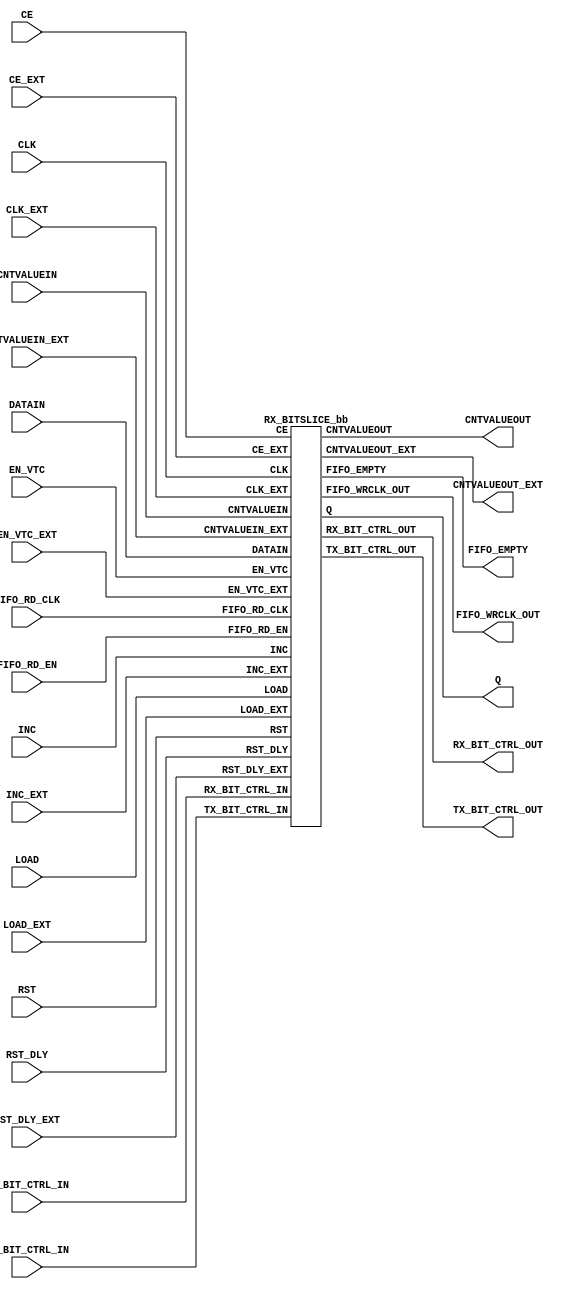
///////////////////////////////////////////////////////////////////////////////
//  Copyright (c) 1995/2015 Xilinx, Inc.
//  All Right Reserved.
///////////////////////////////////////////////////////////////////////////////
//
//   ____   ___
//  /   /\/   / 
// /___/  \  /     Vendor      : Xilinx 
// \   \   \/      Version     : 2015.4
//  \   \          Description : Xilinx Formal Library Component
//  /   /                        
// /___/   /\      Filename    : RX_BITSLICE.v
// \   \  /  \ 
//  \___\/\___\                    
//                                 
///////////////////////////////////////////////////////////////////////////////
//  Revision:
//    10/31/14 - Added inverter functionality for IS_*_INVERTED parameter (CR 828995).
//  End Revision:
///////////////////////////////////////////////////////////////////////////////

`timescale 1 ps / 1 ps 

`celldefine

module RX_BITSLICE #(
  `ifdef XIL_TIMING //Simprim 
  parameter LOC = "UNPLACED",  
  `endif
  parameter CASCADE = "TRUE",
  parameter DATA_TYPE = "NONE",
  parameter integer DATA_WIDTH = 8,
  parameter DELAY_FORMAT = "TIME",
  parameter DELAY_TYPE = "FIXED",
  parameter integer DELAY_VALUE = 0,
  parameter integer DELAY_VALUE_EXT = 0,
  parameter FIFO_SYNC_MODE = "FALSE",
  parameter [0:0] IS_CLK_EXT_INVERTED = 1'b0,
  parameter [0:0] IS_CLK_INVERTED = 1'b0,
  parameter [0:0] IS_RST_DLY_EXT_INVERTED = 1'b0,
  parameter [0:0] IS_RST_DLY_INVERTED = 1'b0,
  parameter [0:0] IS_RST_INVERTED = 1'b0,
  parameter real REFCLK_FREQUENCY = 300.0,
  parameter SIM_DEVICE = "ULTRASCALE",  
  parameter real SIM_VERSION = 2.0,
  parameter UPDATE_MODE = "ASYNC",
  parameter UPDATE_MODE_EXT = "ASYNC"
)(
  output [8:0] CNTVALUEOUT,
  output [8:0] CNTVALUEOUT_EXT,
  output FIFO_EMPTY,
  output FIFO_WRCLK_OUT,
  output [7:0] Q,
  output [39:0] RX_BIT_CTRL_OUT,
  output [39:0] TX_BIT_CTRL_OUT,

  input CE,
  input CE_EXT,
  input CLK,
  input CLK_EXT,
  input [8:0] CNTVALUEIN,
  input [8:0] CNTVALUEIN_EXT,
  input DATAIN,
  input EN_VTC,
  input EN_VTC_EXT,
  input FIFO_RD_CLK,
  input FIFO_RD_EN,
  input INC,
  input INC_EXT,
  input LOAD,
  input LOAD_EXT,
  input RST,
  input RST_DLY,
  input RST_DLY_EXT,
  input [39:0] RX_BIT_CTRL_IN,
  input [39:0] TX_BIT_CTRL_IN
);

   wire CLK_EXT_in;
   wire CLK_in;
   wire RST_DLY_EXT_in;
   wire RST_DLY_in;
   wire RST_in;
   
   assign CLK_EXT_in = CLK_EXT ^ IS_CLK_EXT_INVERTED;
   assign CLK_in = CLK ^ IS_CLK_INVERTED;
   assign RST_DLY_EXT_in = RST_DLY_EXT ^ IS_RST_DLY_EXT_INVERTED;
   assign RST_DLY_in = RST_DLY ^ IS_RST_DLY_INVERTED;
   assign RST_in = RST ^ IS_RST_INVERTED;
   
   RX_BITSLICE_bb inst_bb (
               .CNTVALUEOUT(CNTVALUEOUT),
               .CNTVALUEOUT_EXT(CNTVALUEOUT_EXT),
               .FIFO_EMPTY(FIFO_EMPTY),
               .FIFO_WRCLK_OUT(FIFO_WRCLK_OUT),
               .Q(Q),
               .RX_BIT_CTRL_OUT(RX_BIT_CTRL_OUT),
               .TX_BIT_CTRL_OUT(TX_BIT_CTRL_OUT),
               .CE(CE),
               .CE_EXT(CE_EXT),
               .CLK(CLK_in),
               .CLK_EXT(CLK_EXT_in),
               .CNTVALUEIN(CNTVALUEIN),
               .CNTVALUEIN_EXT(CNTVALUEIN_EXT),
               .DATAIN(DATAIN),
               .EN_VTC(EN_VTC),
               .EN_VTC_EXT(EN_VTC_EXT),
               .FIFO_RD_CLK(FIFO_RD_CLK),
               .FIFO_RD_EN(FIFO_RD_EN),
               .INC(INC),
               .INC_EXT(INC_EXT),
               .LOAD(LOAD),
               .LOAD_EXT(LOAD_EXT),
               .RST(RST_in),
               .RST_DLY(RST_DLY_in),
               .RST_DLY_EXT(RST_DLY_EXT_in),
               .RX_BIT_CTRL_IN(RX_BIT_CTRL_IN),
               .TX_BIT_CTRL_IN(TX_BIT_CTRL_IN)
               );

endmodule

module RX_BITSLICE_bb (
  output [8:0] CNTVALUEOUT,
  output [8:0] CNTVALUEOUT_EXT,
  output FIFO_EMPTY,
  output FIFO_WRCLK_OUT,
  output [7:0] Q,
  output [39:0] RX_BIT_CTRL_OUT,
  output [39:0] TX_BIT_CTRL_OUT,

  input CE,
  input CE_EXT,
  input CLK,
  input CLK_EXT,
  input [8:0] CNTVALUEIN,
  input [8:0] CNTVALUEIN_EXT,
  input DATAIN,
  input EN_VTC,
  input EN_VTC_EXT,
  input FIFO_RD_CLK,
  input FIFO_RD_EN,
  input INC,
  input INC_EXT,
  input LOAD,
  input LOAD_EXT,
  input RST,
  input RST_DLY,
  input RST_DLY_EXT,
  input [39:0] RX_BIT_CTRL_IN,
  input [39:0] TX_BIT_CTRL_IN
);

endmodule

`endcelldefine